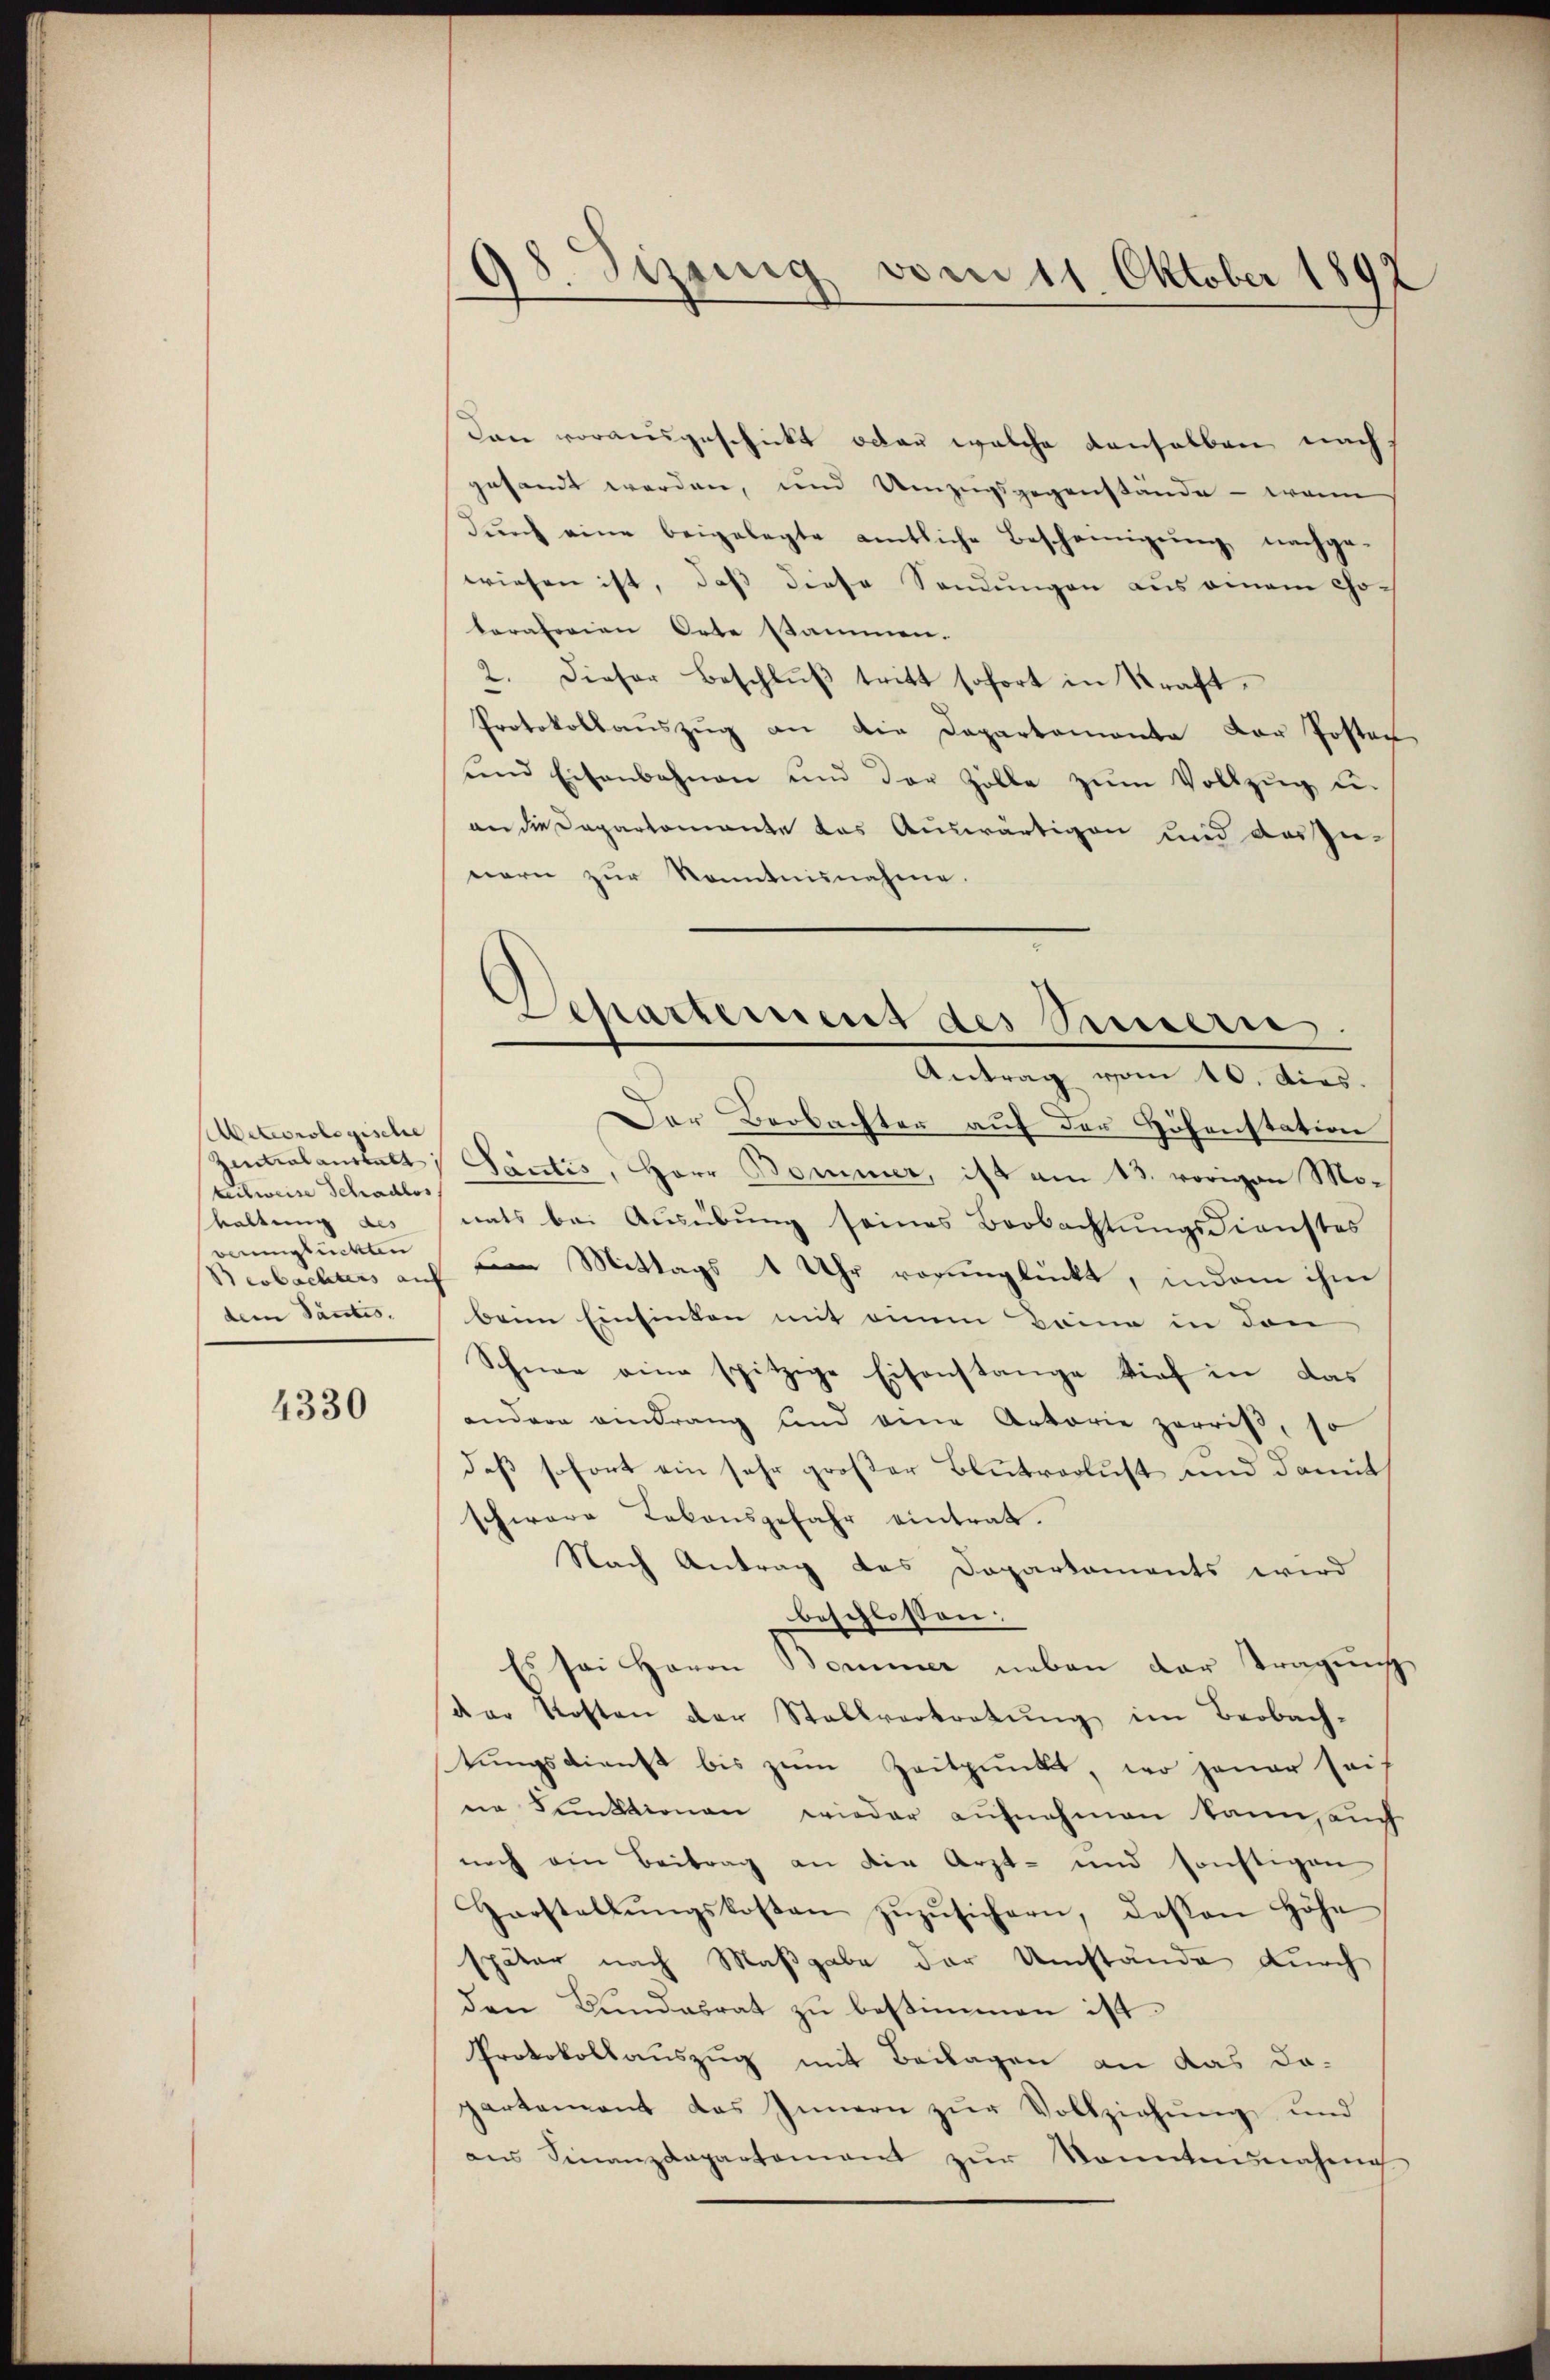
Aeteorologische
teilweise Schadlos
waltung des
veunglückten
Beobachters auf
dem Santis.

4330

98. Sizung vom 11. Oktober 1892

Den vorausgeschickt oder welche denselben nachs
gesandt werden, und Umzugsgegenstände - wenn
dŭrch eine beigelegte amtliche Bescheinigŭng nachge-
wiesen ist, daß diese Sendungen aus einem Chotoratorien Orte sammen.
2. Dieser Beschlŭβ tritt sofort in Kraft.
Protokollaŭszŭg an die Departemente der Posten
ŭnd Eisenbahnen und der Zolle zŭm Vollzŭg u.
an die Dapartamante das Auswärtigen und auszu-
nern zŭr Kenntnisnahme.
Antrag vom 10. dies.
Der Beobachter auf der Höhenstation
Zentralanstalt Santis, Herr Bommer, ist am 13. vorigen Monats bei Ausübung seines Beobachtungsdienstes
n Mittags 1 Uhr verunglückt, indem ihm
beim Einsinken mit einen Beine in den
Schnee eine spitzige Eisenstange tief in das
andern eindrang und eine Autorie zerriß,
daß sofort ein sehr großer Blutverlust und damit
schwere Lekonsgefahr eintrat.
Nach Antrag des Departaments wird
beschlossen:
Es sei Herrn Bommer neben der tragung
der Kosten der Stallvertretung im Beobach-
tungsdienst bis zum Zeitpunkt, wo jener seis
ne Funktionen wieder aufnahmen kann, auch
noch ein Beitrag an die Arzt- und sonstigen
Harstellŭngskosten zŭzŭsichern, dessen höhe
später nach Maßgabe der Umstände durch
den Bundesrat zu bestimmen ist.
Protokollauszug mit Beilagen an das Dopartement das Innern zŭr Vollziehung und
an Sinanzdepartement zŭr Sonntennahme

Departement des Semmern.